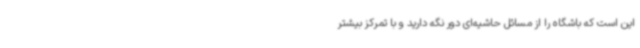
این است که باشگاه را از مسائل حاشیه‌ای دور نگه دارید و با تمرکز بیشتر